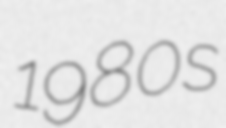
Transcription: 1980s